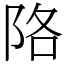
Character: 䧄